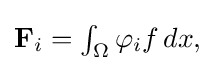
{\textstyle \mathbf {F} _{i}=\int _{\Omega }\varphi _{i}f\,dx,}